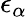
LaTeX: \epsilon_{\alpha}